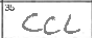
Transcription: CCL